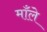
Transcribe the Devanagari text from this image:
माँले